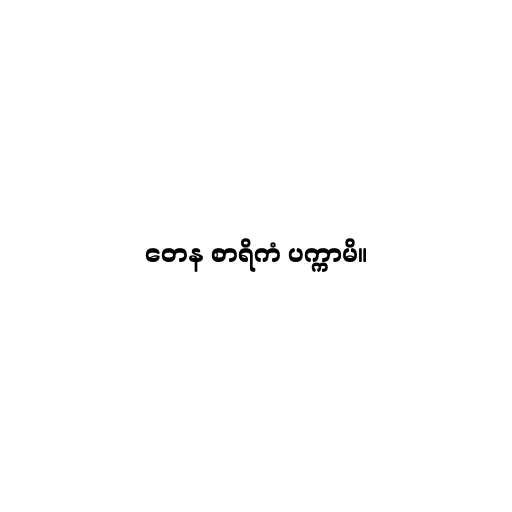
တေန စာရိကံ ပက္ကာမိ။